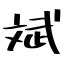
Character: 斌